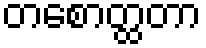
တစောတ္ထတာ